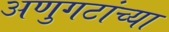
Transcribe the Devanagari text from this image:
अणुगटांच्या